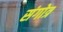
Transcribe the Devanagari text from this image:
संगोत्र